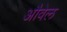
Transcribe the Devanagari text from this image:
औवेल